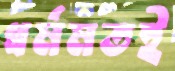
ধর্মমতই